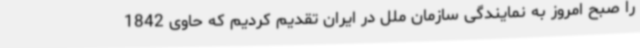
را صبح امروز به نمایندگی سازمان ملل در ایران تقدیم کردیم که حاوی 1842